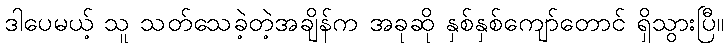
ဒါပေမယ့် သူ သတ်သေခဲ့တဲ့အချိန်က အခုဆို နှစ်နှစ်ကျော်တောင် ရှိသွားပြီ။